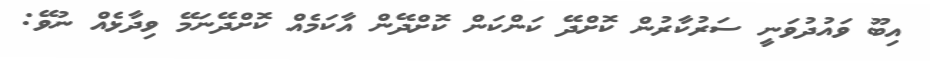
އިބޫ ވައުދުވަނީ ސަރުކާރުން ކޮށްދޭ ކަންކަން ކޮށްދޭން އާކަމެއް ކޮށްދޭނަމޭ ވިދާޅެއް ނުވޭ: